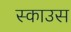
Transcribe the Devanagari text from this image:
स्काउस